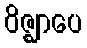
ဝိဇ္ဈာပေ